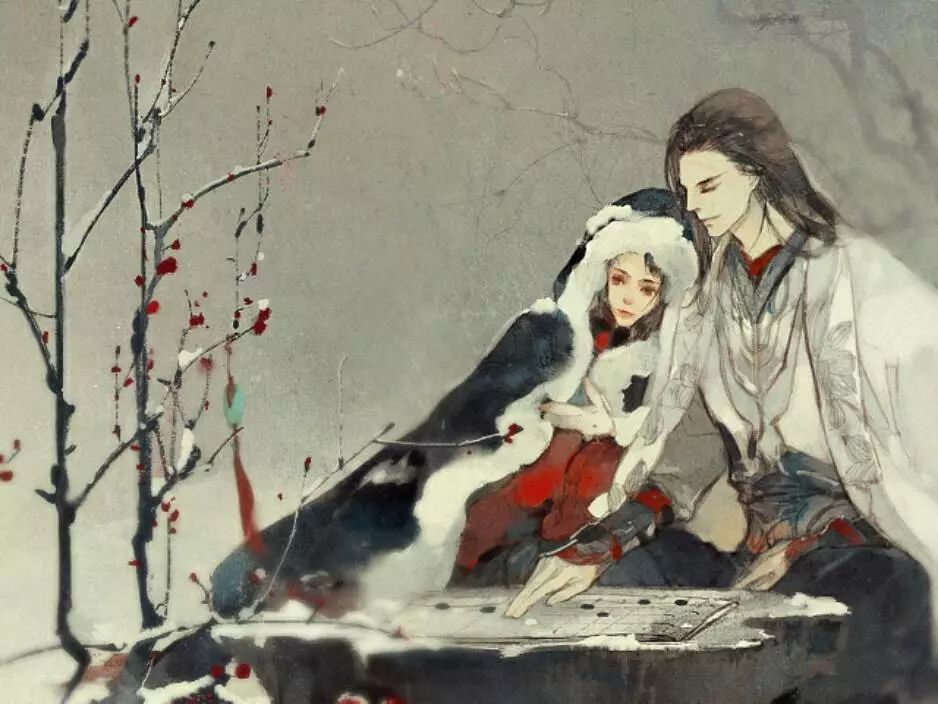
暗尘随马去，明月逐人来。